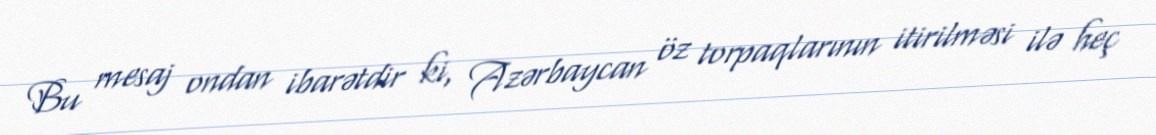
Bu mesaj ondan ibarətdir ki, Azərbaycan öz torpaqlarının itirilməsi ilə heç